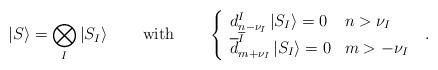
LaTeX: \begin{align*}\left|S\right\rangle =\bigotimes_{I}\left|S_{I}\right\rangle\qquad \mbox{with} \qquad\left\{ \begin{array}{ll} d^{I}_{n-\nu_{I}}\left|S_{I}\right\rangle=0& n>\nu_{I} \\ \overline{d}^{\overline{I}}_{m+\nu_{I}} \left|S_{I}\right\rangle=0& m>-\nu_{I} \end{array}\right.~.\end{align*}